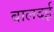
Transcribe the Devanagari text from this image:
बालदई